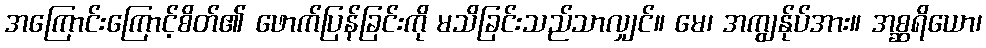
အကြောင်းကြောင့်စိတ်၏ ဖောက်ပြန်ခြင်းကို မသိခြင်းသည်သာလျှင်။ မေ၊ အကျွန်ုပ်အား။ အစ္ဆရိယော၊